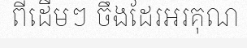
ពីដើមៗ ចឹងដែរអរគុណ